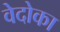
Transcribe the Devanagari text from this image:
वेदोका